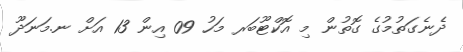
ދެނެގަތުމުގެ ގޮތުން މި އޮކްޓޫބަރ މަހު 09 އިން 13 އަށް ނ.މަނަދޫ